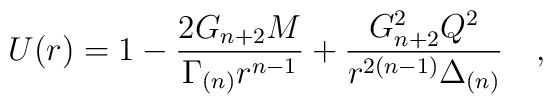
U(r)=1-\frac{2G_{n+2}M}{\Gamma_{(n)}r^{n-1}}+    \frac{G_{n+2}^2Q^2}{r^{2(n-1)}\Delta_{(n)}}\quad ,